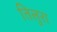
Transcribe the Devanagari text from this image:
तिलुरा